On the action of the venoms of the cobra (Naja tripudians) and of the daboia (Daboia russellii) on the red blood corpuscles and on the blood plasma - Number 4
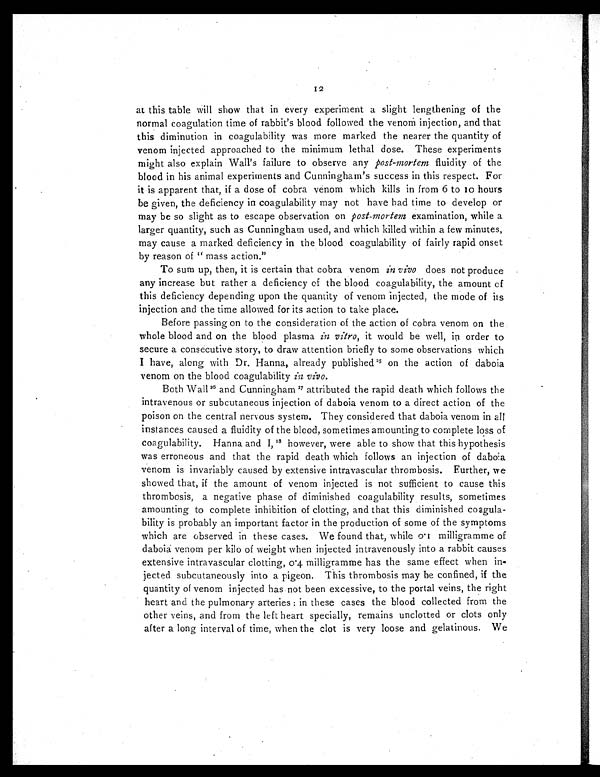
at this table will show that in every experiment a slight lengthening of the
normal coagulation time of rabbit's blood followed the venom injection, and that
this diminution in coagulability was more marked the nearer the quantity of
venom injected approached to the minimum lethal dose. These experiments
might also explain Wall's failure to observe any post-mortem fluidity of the
blood in his animal experiments and Cunningham's success in this respect. For
it is apparent that, if a dose of cobra venom which kills in from 6 to 10 hours
be given, the deficiency in coagulability may not have had time to develop or
may be so slight as to escape observation on post-mortem examination, while a
larger quantity, such as Cunningham used, and which killed within a few minutes,
may cause a marked deficiency in the blood coagulability of fairly rapid onset
by reason of " mass action."
To sum up, then, it is certain that cobra venom in vivo does not produce
any increase but rather a deficiency of the blood coagulability, the amount of
this deficiency depending upon the quantity of venom injected, the mode of its
injection and the time allowed for its action to take place.
Before passing on to the consideration of the action of cobra venom on the
whole blood and on the blood plasma in vitro, it would be well, in order to
secure a consecutive story, to draw attention briefly to some observations which
I have, along with Dr. Hanna, already published2 5
o n t h e a c t i o n o f d a b o i a
venom on the blood coagulability in vivo.
Both Wall2 6
a n d C u n n i n g h a m
2 7
a t t r i b u t e d t h e r a p i d d e a t h w h i c h f o l l o w s t h e
intravenous or subcutaneous injection of daboia venom to a direct action of the
poison on the central nervous system. They considered that daboia venom in all
instances caused a fluidity of the blood, sometimes amounting to complete loss of
coagulability. Hanna and I, 2 8
h o w e v e r , w e r e a b l e t o s h o w t h a t t h i s h y p o t h e s i s
was erroneous and that the rapid death which follows an injection of daboia
venom is invariably caused by extensive intravascular thrombosis. Further, we
showed that, if the amount of venom injected is not sufficient to cause this
thrombosis, a negative phase of diminished coagulability results, sometimes
amounting to complete inhibition of clotting, and that this diminished coagula-
bility is probably an important factor in the production of some of the symptoms
which are observed in these cases. We found that, while 0. 1 milligramme of
daboia venom per kilo of weight when injected intravenously into a rabbit causes
extensive intravascular clotting, 0·4 milligramme has the same effect when in
- j e c t e d s u b c u t a n e o u s l y i n t o a p i g e o n . T h i s t h r o m b o s i s m a y b e c o n f i n e d , i f t h e
quantity of venom injected has not been excessive, to the portal veins, the right
heart and the pulmonary arteries : in these cases the blood collected from the
other veins, and from the left heart specially, remains unclotted or clots only
after a long interval of time, when the clot is very loose and gelatinous. We